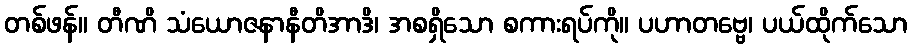
တစ်ဖန်။ တီဏိ သံယောဇနာနီတိအာဒိ၊ အစရှိသော စကားရပ်ကို။ ပဟာတဗ္ဗေ၊ ပယ်ထိုက်သော